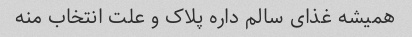
همیشه غذای سالم داره پلاک و علت انتخاب منه